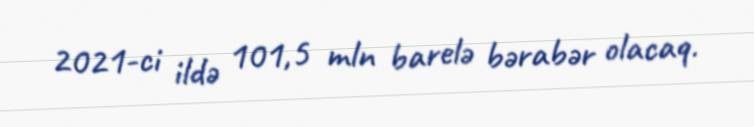
2021-ci ildə 101,5 mln barelə bərabər olacaq.